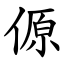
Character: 傆